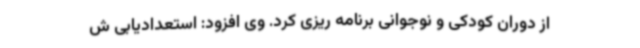
از دوران کودکی و نوجوانی برنامه ریزی کرد. وی افزود: استعدادیابی ش